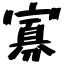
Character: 寡